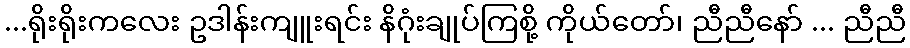
...ရိုးရိုးကလေး ဥဒါန်းကျူးရင်း နိဂုံးချုပ်ကြစို့ ကိုယ်တော်၊ ညီညီနော် ... ညီညီ